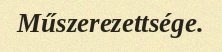
Műszerezettsége.